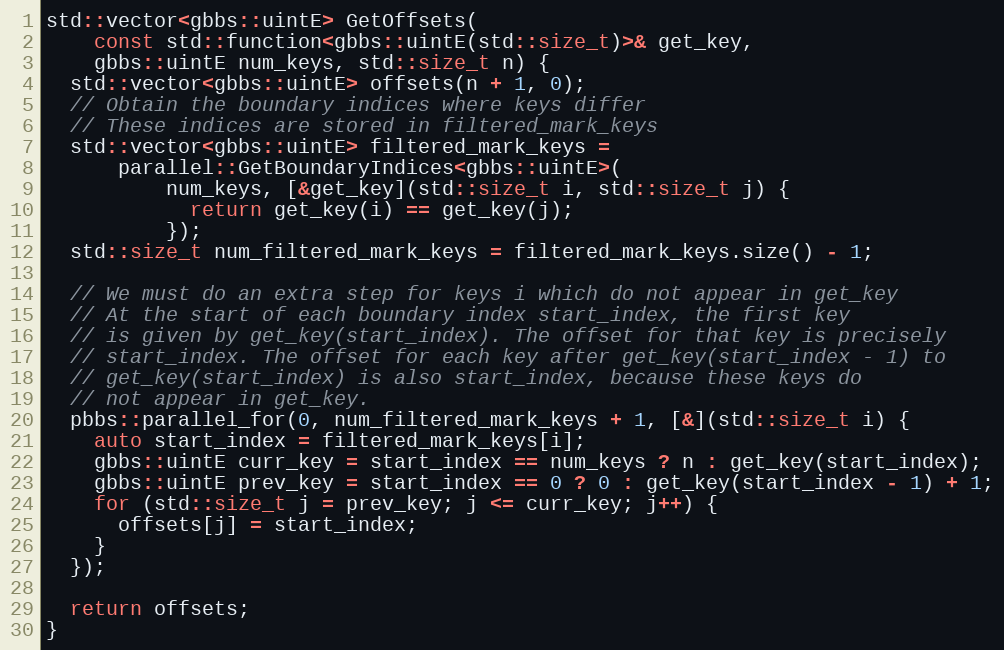
Language: C++
std::vector<gbbs::uintE> GetOffsets(
    const std::function<gbbs::uintE(std::size_t)>& get_key,
    gbbs::uintE num_keys, std::size_t n) {
  std::vector<gbbs::uintE> offsets(n + 1, 0);
  // Obtain the boundary indices where keys differ
  // These indices are stored in filtered_mark_keys
  std::vector<gbbs::uintE> filtered_mark_keys =
      parallel::GetBoundaryIndices<gbbs::uintE>(
          num_keys, [&get_key](std::size_t i, std::size_t j) {
            return get_key(i) == get_key(j);
          });
  std::size_t num_filtered_mark_keys = filtered_mark_keys.size() - 1;

  // We must do an extra step for keys i which do not appear in get_key
  // At the start of each boundary index start_index, the first key
  // is given by get_key(start_index). The offset for that key is precisely
  // start_index. The offset for each key after get_key(start_index - 1) to
  // get_key(start_index) is also start_index, because these keys do
  // not appear in get_key.
  pbbs::parallel_for(0, num_filtered_mark_keys + 1, [&](std::size_t i) {
    auto start_index = filtered_mark_keys[i];
    gbbs::uintE curr_key = start_index == num_keys ? n : get_key(start_index);
    gbbs::uintE prev_key = start_index == 0 ? 0 : get_key(start_index - 1) + 1;
    for (std::size_t j = prev_key; j <= curr_key; j++) {
      offsets[j] = start_index;
    }
  });

  return offsets;
}